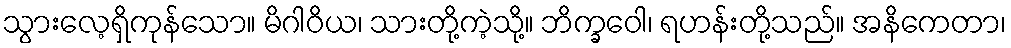
သွားလေ့ရှိကုန်သော။ မိဂါဝိယ၊ သားတို့ကဲ့သို့။ ဘိက္ခဝေါ၊ ရဟန်းတို့သည်။ အနိကေတာ၊